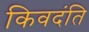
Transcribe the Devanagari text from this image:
किवदंति